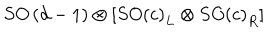
S O \left( d - 1 \right) \otimes \left[ S O \left( c \right) _ { L } \otimes S O \left( c \right) _ { R } \right]